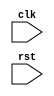
module timing_control_and_sync (
    input wire clk,
    input wire rst,
    // Add any additional input ports here
    
    // Add any output ports here
    );

    // Insert code for generating/distributing clock signals, synchronization,
    // error detection/correction, timing parameter adjustment, etc.
    
    // Your implementation here
    
endmodule